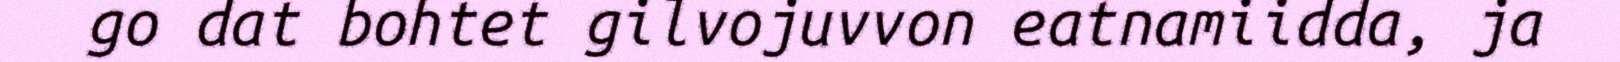
go dat bohtet gilvojuvvon eatnamiidda, ja